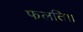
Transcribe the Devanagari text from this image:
फलति।।